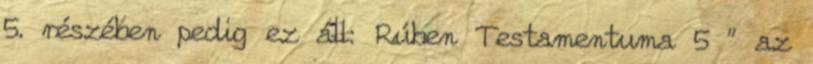
5. részében pedig ez áll: Rúben Testamentuma 5 " az